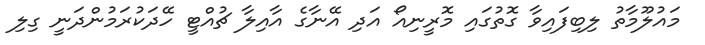
މައުލޫމާތު ލިބިފައިވާ ގޮތުގައި މޮރީނިއޯ އަދި އޭނާގެ އާއިލާ ޗުއްޓީ ހޭދަކުރަމުންދަނީ ގިލި